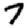
Digit: 7